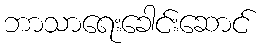
ဘာသာရေးခေါင်းဆောင်